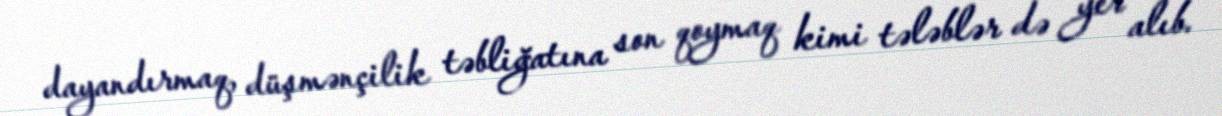
dayandırmaq, düşmənçilik təbliğatına son qoymaq kimi tələblər də yer alıb.